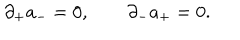
\partial _ { + } a _ { - } = 0 , \qquad \partial _ { - } a _ { + } = 0 .